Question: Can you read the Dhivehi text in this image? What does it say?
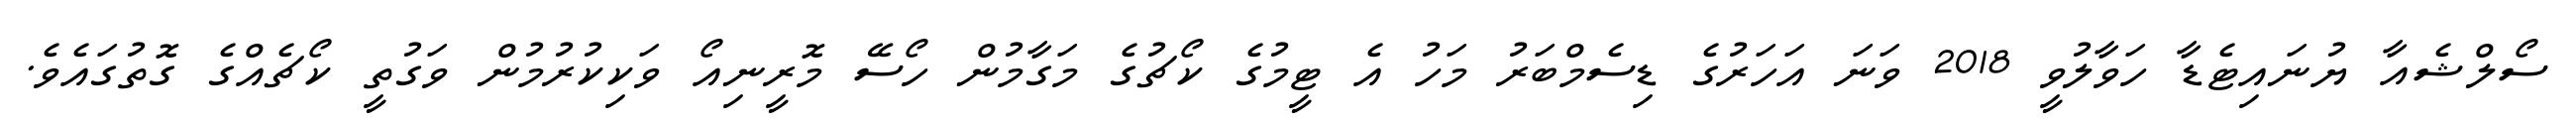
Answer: ސޯލްޝެއާ ޔުނައިޓެޑާ ހަވާލުވީ 2018 ވަނަ އަހަރުގެ ޑިސެމްބަރު މަހު އެ ޓީމުގެ ކޯޗުގެ މަގާމުން ހޯސޭ މޮރީނިއޯ ވަކިކުރުމުން ވަގުތީ ކޯޗެއްގެ ގޮތުގައެވެ.